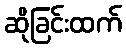
ဆိုခြင်းထက်